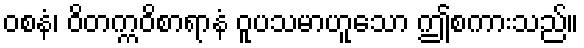
ဝစနံ၊ ဝိတက္ကဝိစာရာနံ ဝူပသမာဟူသော ဤစကားသည်။